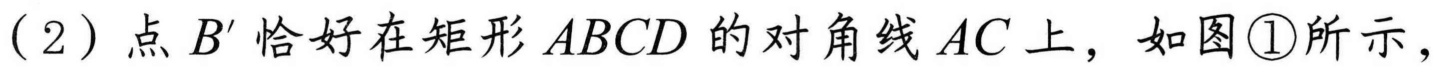
(2)点\(B'\)恰好在矩形\(ABCD\)的对角线\(AC\)上，如图\textcircled{1}所示，